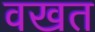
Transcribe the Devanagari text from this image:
वखत